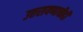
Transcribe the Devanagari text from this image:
उत्तरायणाचीही